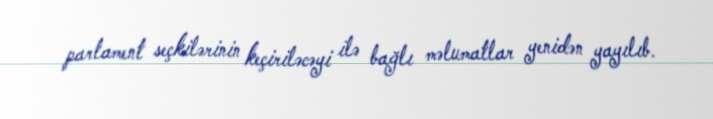
parlament seçkilərinin keçiriləcəyi ilə bağlı məlumatlar yenidən yayılıb.